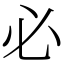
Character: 必